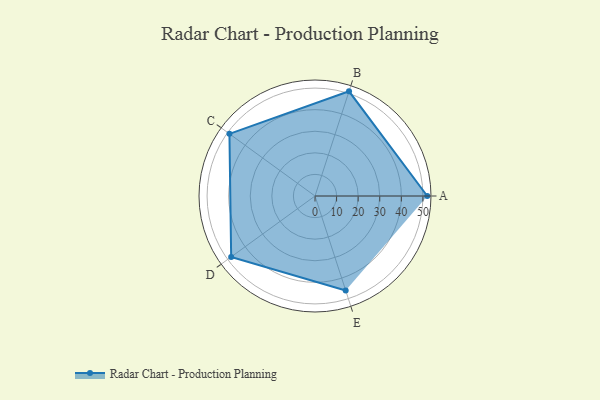
{"axis": {"x": "Skill", "y": "Score"}, "legend": ["Profile"], "data": [{"x": "A", "y": 52.0, "type": "Profile"}, {"x": "B", "y": 51.0, "type": "Profile"}, {"x": "C", "y": 49.0, "type": "Profile"}, {"x": "D", "y": 48.0, "type": "Profile"}, {"x": "E", "y": 46.0, "type": "Profile"}]}